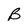
Character: B